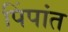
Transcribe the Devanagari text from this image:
पिंपांत